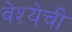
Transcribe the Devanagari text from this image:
वेश्येची